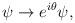
LaTeX: \begin{align*}\psi \rightarrow e^{i\theta }\psi , \end{align*}